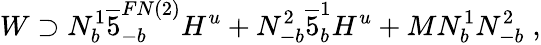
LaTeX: W\supset N_{b}^{1}\overline{{{5}}}_{-b}^{FN(2)}H^{u}+N_{-b}^{2}\overline{{{5}}}_{b}^{1}H^{u}+MN_{b}^{1}N_{-b}^{2}\; ,